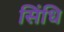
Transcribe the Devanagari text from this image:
सिंधि